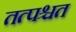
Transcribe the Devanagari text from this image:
तत्पश्चत